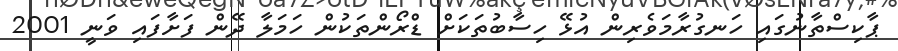
ޕާކިސްތާނުގައި ހަނގުރާމަވެރިން އުޅޭ ހިސާބުތަކަށް ޑްރޯންތަކުން ހަމަލާ ދޭން ފަށާފައި ވަނީ 2001